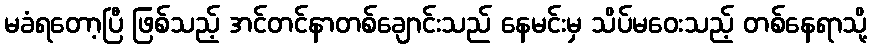
မခံရတော့ပြီ ဖြစ်သည့် အင်တင်နာတစ်ချောင်းသည် နေမင်းမှ သိပ်မဝေးသည့် တစ်နေရာသို့